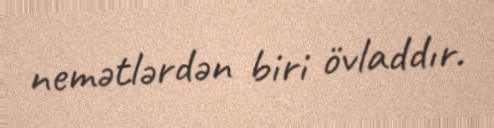
nemətlərdən biri övladdır.